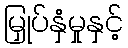
မြှုပ်နှံမှုနှင့်